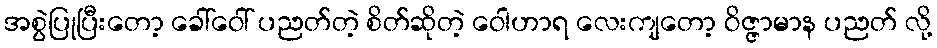
အစွဲပြုပြီးတော့ ခေါ်ဝေါ် ပညတ်တဲ့ စိတ်ဆိုတဲ့ ဝေါဟာရ လေးကျတော့ ဝိဇ္ဇာမာန ပညတ် လို့